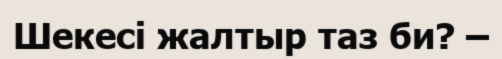
Шекесі жалтыр таз би? –